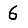
Digit: 6